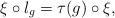
LaTeX: \begin{align*} \xi \circ l_{g} = \tau(g) \circ \xi,\end{align*}